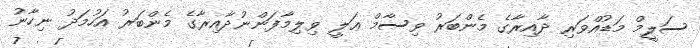
ސަލީމް މަޑުއްވަރި ދާއިރާގެ މެންބަރު ވިސާމް ޢަލީ ވިލިމާފަންނުދާއިރާގެ މެންބަރު އަހުމަދު ނިހާނު